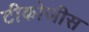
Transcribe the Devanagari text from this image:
टीकोजीस